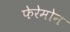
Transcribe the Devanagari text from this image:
फेरेमोन